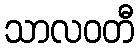
သာလဝတီ